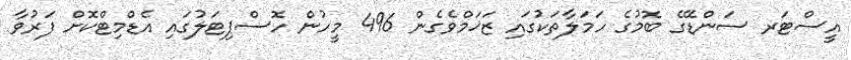
އީސްޓަރ ސަންޑޭގެ ބޮމުގެ ހަމަލާތަކުގައި ޒަޚަމްވެގެން 496 މީހުން ހޮސްޕިޓަލުގައި އެޑްމިޓްކޮށް ފަރުވާ